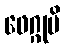
ဖေဂ္ဂုပိ